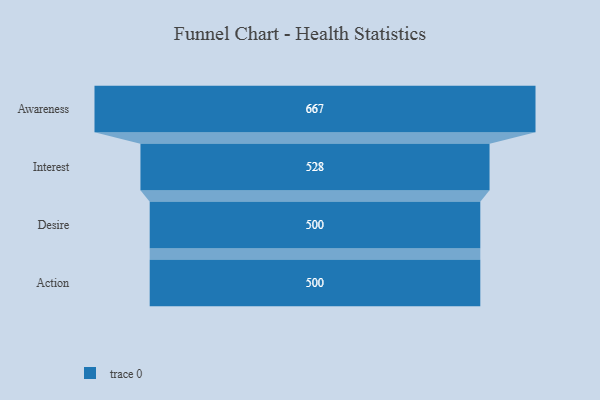
{"axis": {"x": "Stage", "y": "Value"}, "legend": [""], "data": [{"x": "Awareness", "y": 667.0, "type": ""}, {"x": "Interest", "y": 528.0, "type": ""}, {"x": "Desire", "y": 500, "type": ""}, {"x": "Action", "y": 500, "type": ""}]}